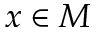
x \in M